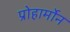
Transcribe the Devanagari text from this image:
प्रोहार्मोन